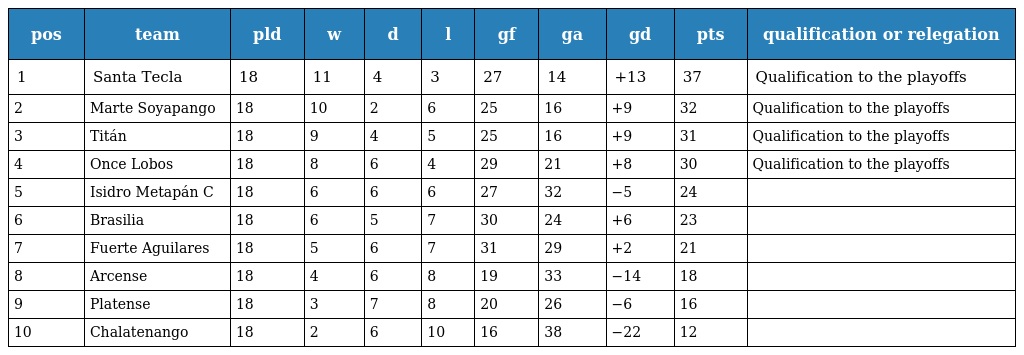
| pos | team | pld | w | d | l | gf | ga | gd | pts | qualification or relegation |
 | --- | --- | --- | --- | --- | --- | --- | --- | --- | --- | --- |
 | 1 | Santa Tecla | 18 | 11 | 4 | 3 | 27 | 14 | +13 | 37 | Qualification to the playoffs |
 | 2 | Marte Soyapango | 18 | 10 | 2 | 6 | 25 | 16 | +9 | 32 | Qualification to the playoffs |
 | 3 | Titán | 18 | 9 | 4 | 5 | 25 | 16 | +9 | 31 | Qualification to the playoffs |
 | 4 | Once Lobos | 18 | 8 | 6 | 4 | 29 | 21 | +8 | 30 | Qualification to the playoffs |
 | 5 | Isidro Metapán C | 18 | 6 | 6 | 6 | 27 | 32 | −5 | 24 |  |
 | 6 | Brasilia | 18 | 6 | 5 | 7 | 30 | 24 | +6 | 23 |  |
 | 7 | Fuerte Aguilares | 18 | 5 | 6 | 7 | 31 | 29 | +2 | 21 |  |
 | 8 | Arcense | 18 | 4 | 6 | 8 | 19 | 33 | −14 | 18 |  |
 | 9 | Platense | 18 | 3 | 7 | 8 | 20 | 26 | −6 | 16 |  |
 | 10 | Chalatenango | 18 | 2 | 6 | 10 | 16 | 38 | −22 | 12 |  |